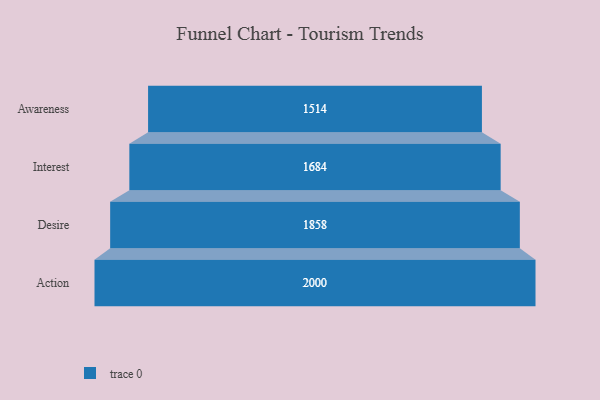
{"axis": {"x": "Stage", "y": "Value"}, "legend": [""], "data": [{"x": "Awareness", "y": 1514.0, "type": ""}, {"x": "Interest", "y": 1684.0, "type": ""}, {"x": "Desire", "y": 1858.0, "type": ""}, {"x": "Action", "y": 2000, "type": ""}]}